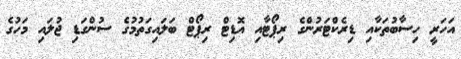
އަހަރީ ހިސާބުތަކާއި ޑިރެކްޓަރުންގެ ރިޕޯޓާއި އޮޑިޓް ރިޕޯޓް ބަލައިގަތުމުގެ ސުންގަޑި ޖުލައި މަހުގެ